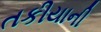
તકીયાની